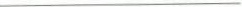
___